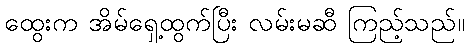
ထွေးက အိမ်ရှေ့ထွက်ပြီး လမ်းမဆီ ကြည့်သည်။